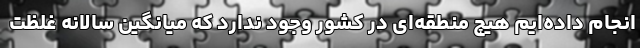
انجام داده‌ایم هیچ منطقه‌ای در کشور وجود ندارد که میانگین سالانه غلظت